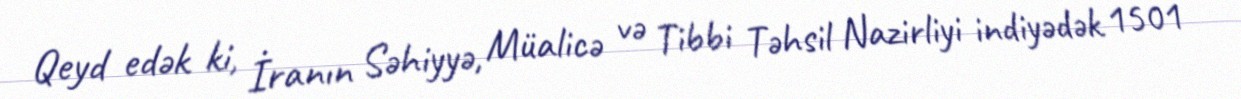
Qeyd edək ki, İranın Səhiyyə, Müalicə və Tibbi Təhsil Nazirliyi indiyədək 1501